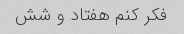
فکر کنم هفتاد و شش